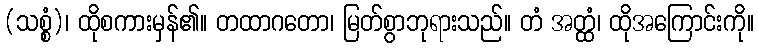
(သစ္စံ)၊ ထိုစကားမှန်၏။ တထာဂတော၊ မြတ်စွာဘုရားသည်။ တံ အတ္ထံ၊ ထိုအကြောင်းကို။